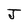
Character: J